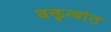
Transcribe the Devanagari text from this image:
वक्तृत्वांत